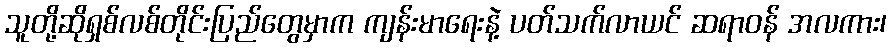
သူတို့ဆိုရှစ်လစ်တိုင်းပြည်တွေမှာက ကျန်းမာရေးနဲ့ ပတ်သက်လာယင် ဆရာဝန် အလကား၊